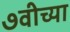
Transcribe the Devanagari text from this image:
७वीच्या